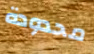
محدودة